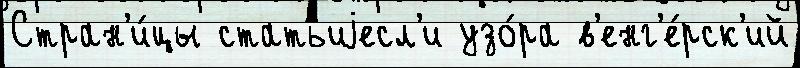
Стран'и́цы статьиjесл'и узо́ра в'енг'е́рск'ий